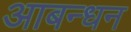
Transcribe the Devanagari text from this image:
आबन्धन